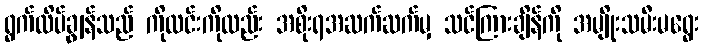
ရွက်ထိပ်ချွန်သည် ကိုလင်းကိုလည်း အစိုးရအဆက်ဆက်မှ သင်ကြားချိန်ကို အမျိုးသမီးမရွေး